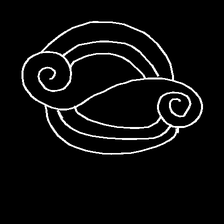
Glyph: wind-underfoot